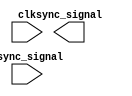
module synchronizer #(parameter WIDTH = 1) (
    input [WIDTH-1:0] async_signal,
    input clk,
    output [WIDTH-1:0] sync_signal
);

    // TODO: Your code from Lab 3

endmodule